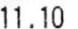
11.10